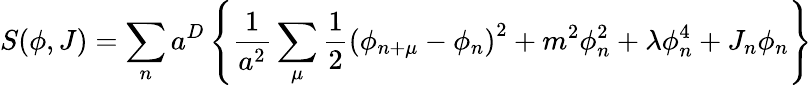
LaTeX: S(\phi,J)=\sum_{n}a^{D}\left\{ \frac{1}{a^{2}}\sum_{\mu}\frac{1}{2}\left(\phi_{n+\mu}-\phi_{n}\right)^{2}+m^{2}\phi_{n}^{2}+\lambda\phi_{n}^{4}+J_{n}\phi_{n}\right\}